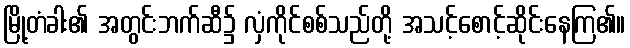
မြို့တံခါး၏ အတွင်းဘက်ဆီ၌ လှံကိုင်စစ်သည်တို့ အသင့်စောင့်ဆိုင်းနေကြ၏။